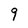
Character: 9